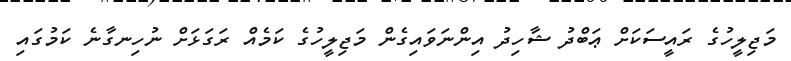
މަޖިލީހުގެ ރައީސަކަށް ޢަބްދު ޝާހިދު އިންނަވައިގެން މަޖިލީހުގެ ކަމެއް ރަގަޅަށް ނުހިނގާނެ ކަމުގައި